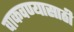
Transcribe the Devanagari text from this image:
वाकवण्यासाठी